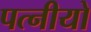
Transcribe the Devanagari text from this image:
पत्नीयो